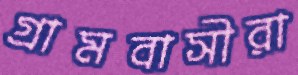
গ্রামবাসীরা